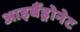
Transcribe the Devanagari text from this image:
आइबैंड्रोनेट